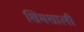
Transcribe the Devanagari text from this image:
शिमशाली